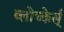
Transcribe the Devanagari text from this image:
ब्लोच्केर्स्